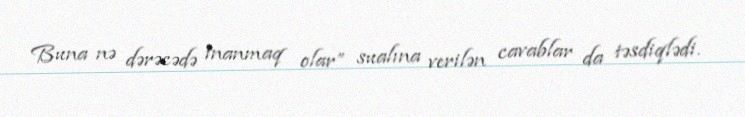
Buna nə dərəcədə inanmaq olar” sualına verilən cavablar da təsdiqlədi.